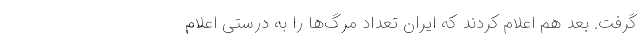
‌گرفت. بعد هم اعلام کردند که ایران تعداد مرگ‌ها را به درستی اعلام